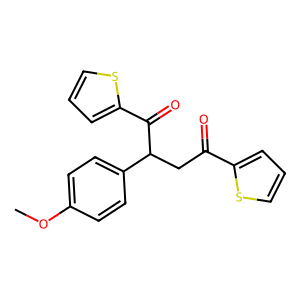
SMILES: COc1ccc(C(CC(=O)c2cccs2)C(=O)c2cccs2)cc1
Inhibits HIV replication: No